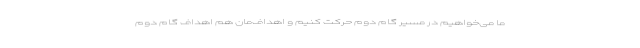
ما می‌خواهیم در مسیر گام دوم حرکت کنیم و اهداف‌مان هم اهداف گام دوم